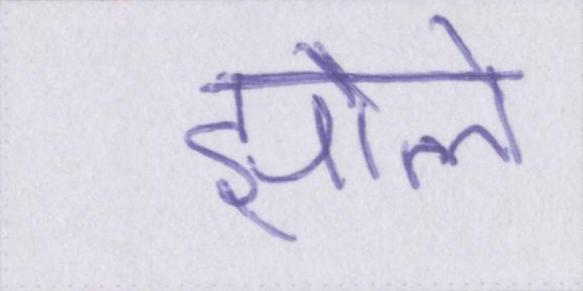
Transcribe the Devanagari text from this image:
झोले